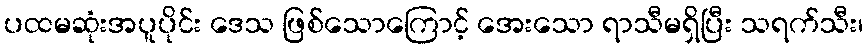
ပထမဆုံးအပူပိုင်း ဒေသ ဖြစ်သောကြောင့် အေးသော ရာသီမရှိပြီး သရက်သီး၊